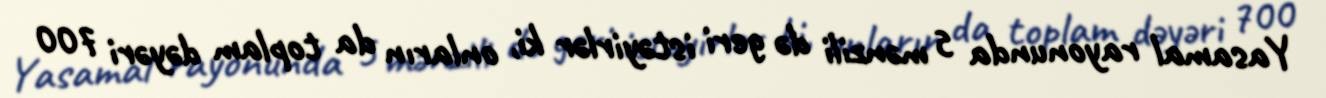
Yasamal rayonunda 5 mənzili də geri istəyirlər ki, onların da toplam dəyəri 700